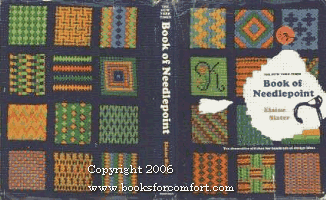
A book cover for The New York Times Book of Needlepoint; Elaine Slater; Crafts, Hobbies & Home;